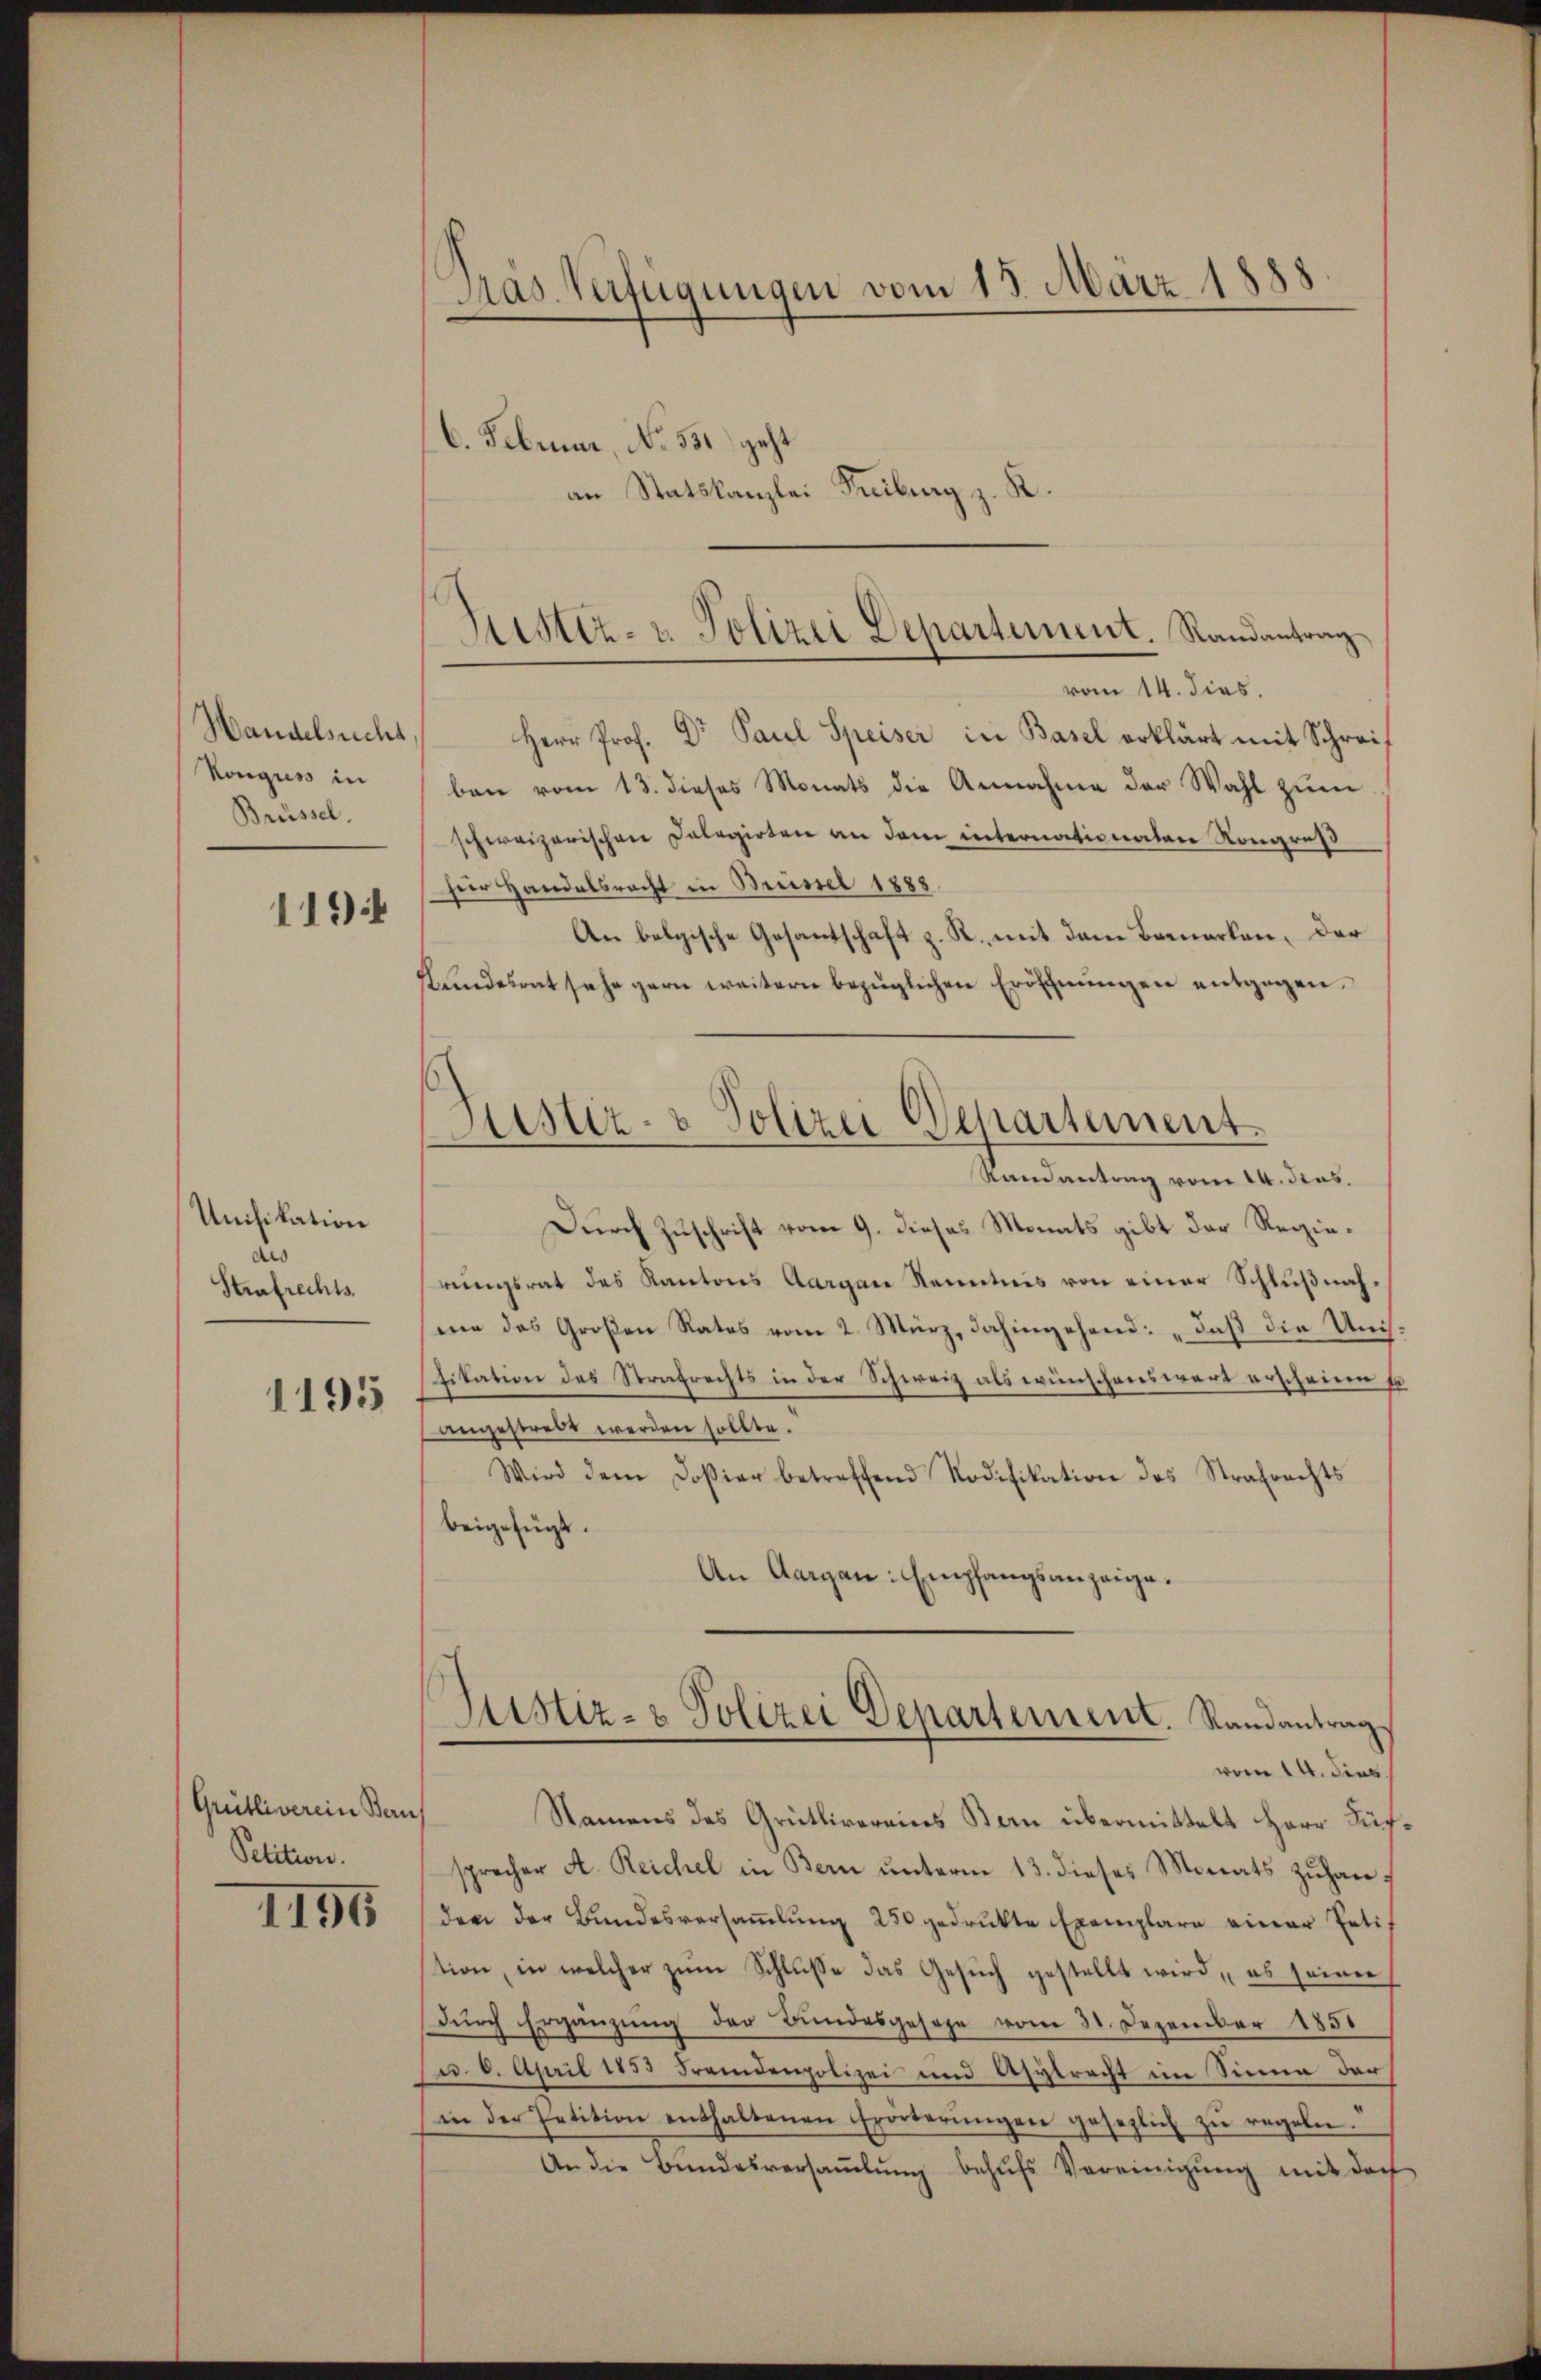
Handelsrecht
Konguss in
Brüssel.

119

Unifikation
des
Strafrechts.
1195

Grütliverein Bern
Petition.

1196

Mas. Verfügungen vom 13. März 1888

6. Februar, No. 531) geht
Statskanzlei Freiburg z. R.
an

Justiz- & Polizei Departement. Randantrag

Justiz- & Polizei Departement.
Randantrag vom 14. das

vom 14. dies.
Herr Prof. Dr Paul Speiser in Basel erklärt mit Schreis
ben vom 13. dieses Monats die Annahme der Wahl zum
schweizerischen Delegirten an dem internationaten Kongreß
für Handelsrecht in Brüssel 1888.
An belgische Gesantschaft z. R. mit dem Beenarten, der
Kundesrat sehe gern weitern bezüglichen Eröffnungen entgegen.
Durch Zuschrift vom 9. dieses Monats gibt der Regierŭngsrat des Kantons Aargau Kenntnis von einer Schlŭβnah-
ee das Großen Rates vom 2. März, dahingehend: „daß die Unissitation des Strafrechts in der Schweiz als wünschenswert erscheine u
angestrebt werden sollte.
Wird dem Doβiar betreffend Nodifikation des Strafrechts
beigefügt.
An Aargau: Empfangsanzeige.
Justiz- & Polizei Departement. Randantrag
vom 14. dies
Namens des Grütlivereins Bern übermittelt Herr Fürsprecher A. Reichel in Bern ŭnterm 13. dieses Monats zŭhan-
den der Bŭndesversaṁlŭng 250 gedrukte Exemplare einer Pati
tion, in welcher zŭm Schlŭsse das Gesŭch gestellt wird, es seiner
durch Ergänzung der Bundesgesehe vom 31. Dezember 1851
d. 8. April 1853 Fremdenpolizei und Asylracht im Sinne der
in der Petition enthaltenen Erörterŭngen gesezlich zŭ regeln.
An die Bŭndesversaṁlŭng behŭfs Vereinigŭng mit doch